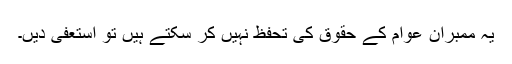
یہ ممبران عوام کے حقوق کی تحفظ نہیں کر سکتے ہیں تو استعفیٰ دیں۔